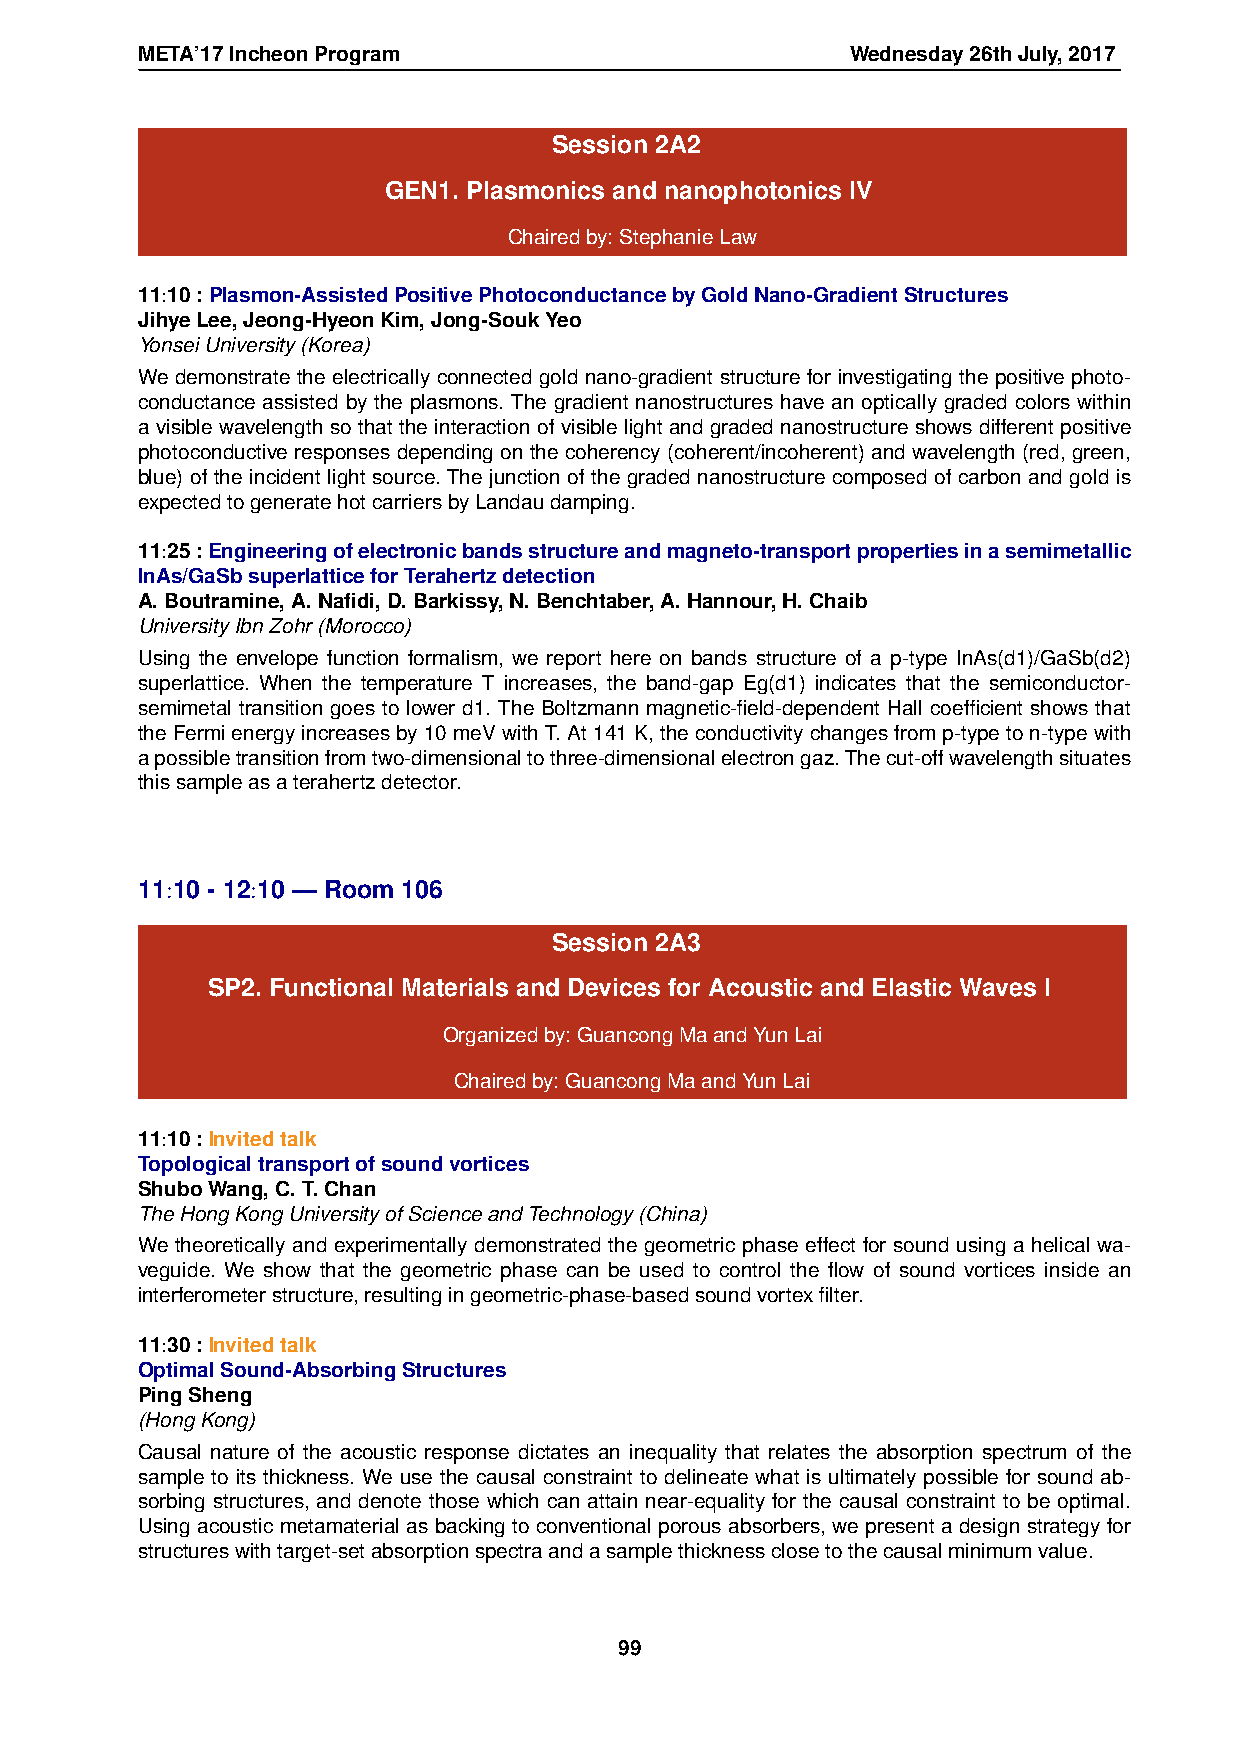
META’17IncheonProgram                          Wednesday26thJuly,2017
 Session 2A2
 GEN1. Plasmonics and nanophotonics IV
 Chairedby:StephanieLaw
 11:10:Plasmon-AssistedPositivePhotoconductancebyGoldNano-GradientStructures
 JihyeLee,Jeong-HyeonKim,Jong-SoukYeo
 YonseiUniversity(Korea)
 We demonstrate the electrically connected gold nano-gradient structure for investigating the positive photo-
 conductance assisted by the plasmons. The gradient nanostructures have an optically graded colors within
 a visible wavelength so that the interaction of visible light and graded nanostructure shows different positive
 photoconductive responses depending on the coherency (coherent/incoherent) and wavelength (red, green,
 blue) of the incident light source. The junction of the graded nanostructure composed of carbon and gold is
 expectedtogeneratehotcarriersbyLandaudamping.
 11:25:Engineeringofelectronicbandsstructureandmagneto-transportpropertiesinasemimetallic
 InAs/GaSbsuperlatticeforTerahertzdetection
 A.Boutramine,A.Nafidi,D.Barkissy,N.Benchtaber,A.Hannour,H.Chaib
 UniversityIbnZohr(Morocco)
 Using the envelope function formalism, we report here on bands structure of a p-type InAs(d1)/GaSb(d2)
 superlattice. When the temperature T increases, the band-gap Eg(d1) indicates that the semiconductor-
 semimetal transition goes to lower d1. The Boltzmann magnetic-field-dependent Hall coefficient shows that
 theFermienergyincreasesby10meVwithT.At141K,theconductivitychangesfromp-typeton-typewith
 apossibletransitionfromtwo-dimensionaltothree-dimensionalelectrongaz.Thecut-offwavelengthsituates
 thissampleasaterahertzdetector.
 11:10 - 12:10 — Room 106
 Session 2A3
 SP2. Functional Materials and Devices for Acoustic and Elastic Waves I
 Organizedby:GuancongMaandYunLai
 Chairedby:GuancongMaandYunLai
 11:10:Invitedtalk
 Topologicaltransportofsoundvortices
 ShuboWang,C.T.Chan
 TheHongKongUniversityofScienceandTechnology(China)
 We theoretically and experimentally demonstrated the geometric phase effect for sound using a helical wa-
 veguide. We show that the geometric phase can be used to control the flow of sound vortices inside an
 interferometerstructure,resultingingeometric-phase-basedsoundvortexfilter.
 11:30:Invitedtalk
 OptimalSound-AbsorbingStructures
 PingSheng
 (HongKong)
 Causal nature of the acoustic response dictates an inequality that relates the absorption spectrum of the
 sample to its thickness. We use the causal constraint to delineate what is ultimately possible for sound ab-
 sorbing structures, and denote those which can attain near-equality for the causal constraint to be optimal.
 Using acoustic metamaterial as backing to conventional porous absorbers, we present a design strategy for
 structureswithtarget-setabsorptionspectraandasamplethicknessclosetothecausalminimumvalue.
 99